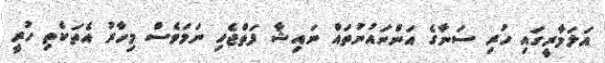
އަލަމާރީގައި ހުރި ސަނާގެ އަންނައުނުތައް ނައިޝާ ފަތްޖެހި ނަމަވެސް މިހާރު އެތަކެތި ހުރީ